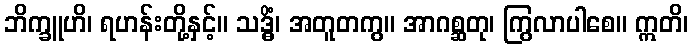
ဘိက္ခူဟိ၊ ရဟန်းတို့နှင့်။ သဒ္ဓိံ၊ အတူတကွ။ အာဂစ္ဆတု၊ ကြွလာပါစေ။ ဣတိ၊